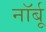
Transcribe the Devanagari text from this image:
नॉर्बू